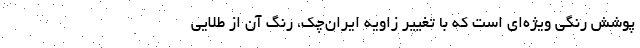
پوشش رنگی ویژه‌ای است که با تغییر زاویه ایران‌چک، رنگ آن از طلایی